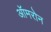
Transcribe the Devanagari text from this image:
ऑमरोन